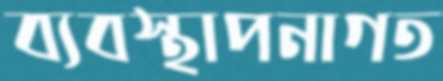
ব্যবস্থাপনাগত